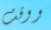
ووقت